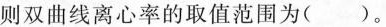
则双曲线离心率的取值范围为( )。